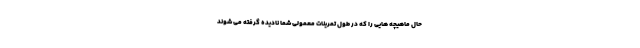
حال ماهیچه هایی را که در طول تمرینات معمولی شما نادیده گرفته می شوند